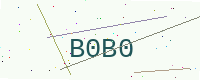
Text: B0B0